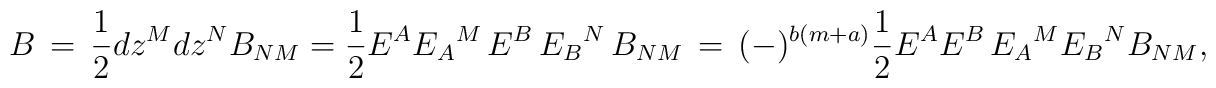
B\, =\,\frac{1}{2} dz^M dz^N B_{NM} =\frac{1}{2}E^A{E_A}^M\,E^B\,{E_B}^N\,B_{NM}\,=\, (-)^{b(m+a)} \frac{1}{2} E^AE^B \, {E_A}^M {E_B}^N B_{NM},